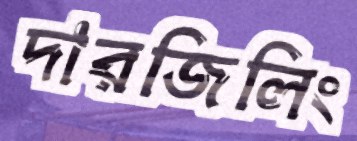
দারজিলিং